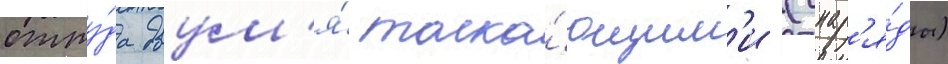
отту́да двум'я́ толка́ющим'и (снар'я́ды)